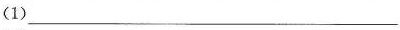
(1)___